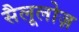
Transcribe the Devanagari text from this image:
सैलूलोज़